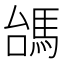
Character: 𩢠